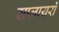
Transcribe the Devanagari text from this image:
सप्लायरों